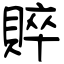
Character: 賥